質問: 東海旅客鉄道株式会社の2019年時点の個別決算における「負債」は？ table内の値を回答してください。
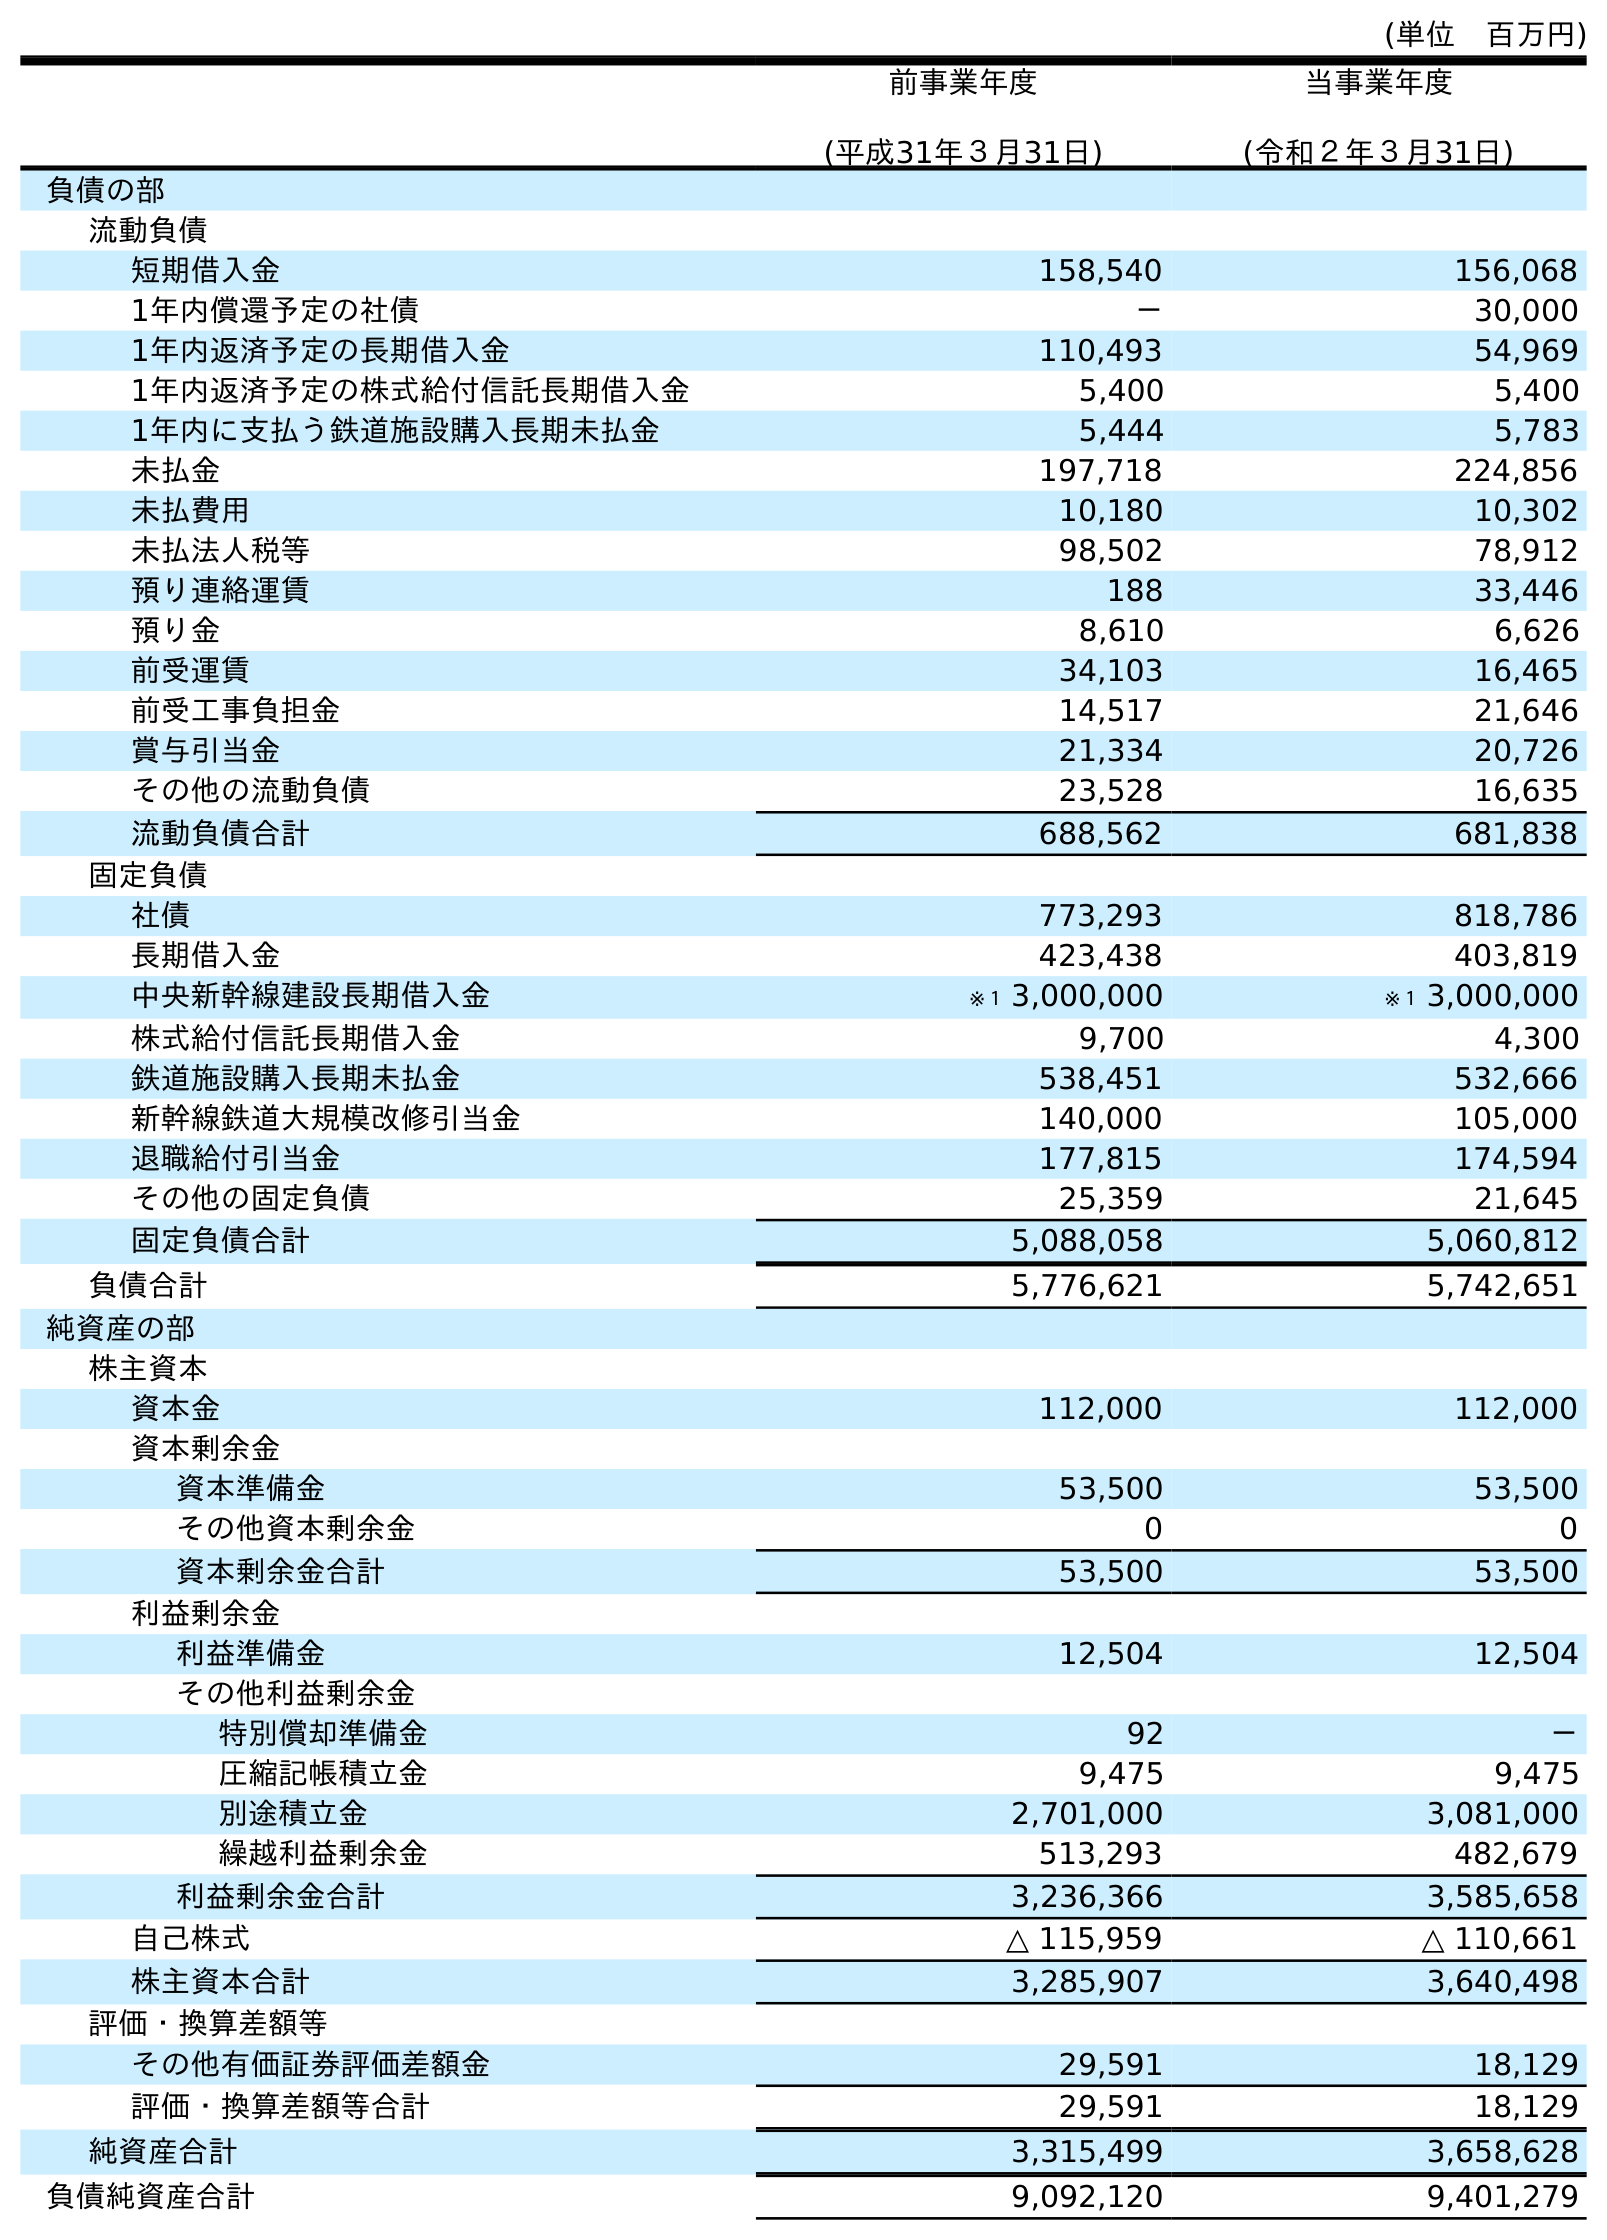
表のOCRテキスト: (単位 百万円) 前事業年度 (平成31年３月31日) 当事業年度 (令和２年３月31日) 負債の部 流動負債 短期借入金 158,540 156,068 1年内償還予定の社債 － 30,000 1年内返済予定の長期借入金 110,493 54,969 1年内返済予定の株式給付信託長期借入金 5,400 5,400 1年内に支払う鉄道施設購入長期未払金 5,444 5,783 未払金 197,718 224,856 未払費用 10,180 10,302 未払法人税等 98,502 78,912 預り連絡運賃 188 33,446 預り金 8,610 6,626 前受運賃 34,103 16,465 前受工事負担金 14,517 21,646 賞与引当金 21,334 20,726 その他の流動負債 23,528 16,635 流動負債合計 688,562 681,838 固定負債 社債 773,293 818,786 長期借入金 423,438 403,819 中央新幹線建設長期借入金 ※１ 3,000,000 ※１ 3,000,000 株式給付信託長期借入金 9,700 4,300 鉄道施設購入長期未払金 538,451 532,666 新幹線鉄道大規模改修引当金 140,000 105,000 退職給付引当金 177,815 174,594 その他の固定負債 25,359 21,645 固定負債合計 5,088,058 5,060,812 負債合計 5,776,621 5,742,651 純資産の部 株主資本 資本金 112,000 112,000 資本剰余金 資本準備金 53,500 53,500 その他資本剰余金 0 0 資本剰余金合計 53,500 53,500 利益剰余金 利益準備金 12,504 12,504 その他利益剰余金 特別償却準備金 92 － 圧縮記帳積立金 9,475 9,475 別途積立金 2,701,000 3,081,000 繰越利益剰余金 513,293 482,679 利益剰余金合計 3,236,366 3,585,658 自己株式 △ 115,959 △ 110,661 株主資本合計 3,285,907 3,640,498 評価・換算差額等 その他有価証券評価差額金 29,591 18,129 評価・換算差額等合計 29,591 18,129 純資産合計 3,315,499 3,658,628 負債純資産合計 9,092,120 9,401,279
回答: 5,776,621